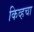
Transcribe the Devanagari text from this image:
किव्हचा